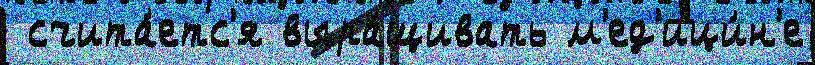
 счита́етс'я выра́щивать м'ед'ици́н'е